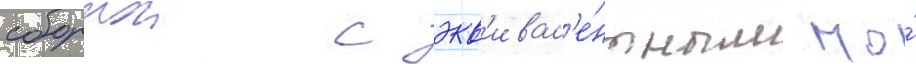
сборнои с экв'ивал'е́нтным по́